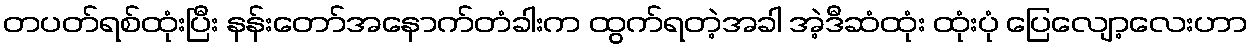
တပတ်ရစ်ထုံးပြီး နန်းတော်အနောက်တံခါးက ထွက်ရတဲ့အခါ အဲ့ဒီဆံထုံး ထုံးပုံ ပြေလျော့လေးဟာ